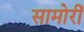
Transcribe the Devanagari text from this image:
सामोरीं